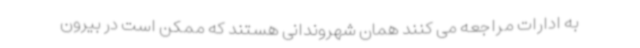
به ادارات مراجعه می کنند همان شهروندانی هستند که ممکن است در بیرون